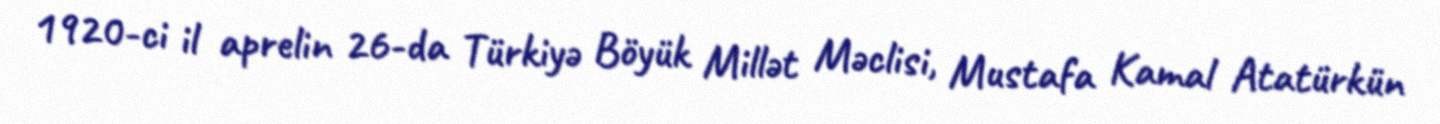
1920-ci il aprelin 26-da Türkiyə Böyük Millət Məclisi, Mustafa Kamal Atatürkün